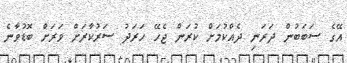
އޭގެ ސަބަބުން ދަރަނި ދެއްކުމަށް ކުރަން ޖެހޭ ހަރަދު ސަރުކާރަށް ވަރަށް ބޮޑުވާނެ